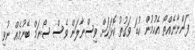
ފަންނާނެއްތޯ އެހުމުން ކުޑަ ވަގުތު ކޮޅަކަށް ވިސްނާލަން ވެސް ސޯނަމް ބޭނުމެއް ނުވި